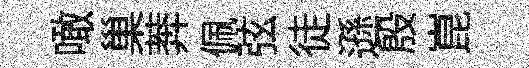
噉巢莾佩弦徒遜殷崑